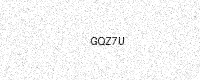
Text: GQZ7U